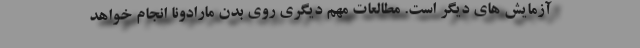
آزمایش های دیگر است. مطالعات مهم دیگری روی بدن مارادونا انجام خواهد